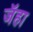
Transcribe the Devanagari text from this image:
जॅहा